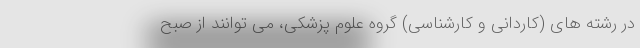
در رشته های (کاردانی و کارشناسی) گروه علوم پزشکی، می توانند از صبح